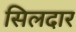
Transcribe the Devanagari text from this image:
सिलदार